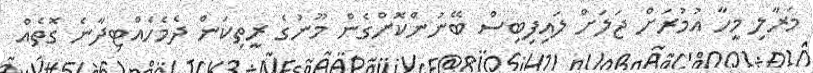
މަރާލި މީހާ އުމުރަށް ޖަލަށް ލައިފިބިސް ބޭނުންކޮށްގެން މޫނުގެ ރީތިކަން ދެމެހެއްޓިދާނެ ގޮތެއް